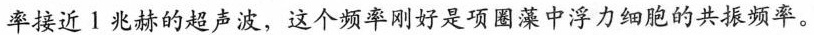
率接近1兆赫的超声波，这个频率刚是项圈藻中浮力细胞的共振频率。